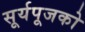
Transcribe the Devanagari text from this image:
सूर्यपूजको